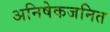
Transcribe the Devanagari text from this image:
अनिषेकजनित